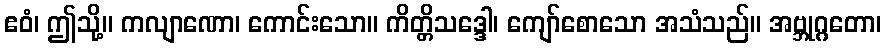
ဧဝံ၊ ဤသို့။ ကလျာဏော၊ ကောင်းသော။ ကိတ္တိသဒ္ဒေါ၊ ကျော်စောသော အသံသည်။ အဗ္ဘုဂ္ဂတော၊